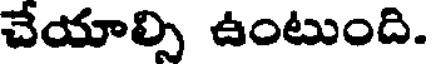
చేయాల్సి ఉంటుంది.